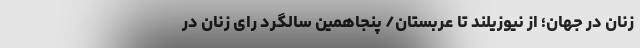
زنان در جهان؛ از نیوزیلند تا عربستان/ پنجاهمین سالگرد رای زنان در